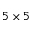
5 \times 5